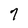
Character: 7